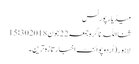
میڈیا رپورٹس
ثنااللہ ناگرہ جمعہ 22 جون 2018 15:30
لاہور(اُردوپوائنٹ اخبارتازہ ترین۔